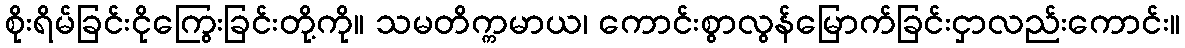
စိုးရိမ်ခြင်းငိုကြွေးခြင်းတို့ကို။ သမတိက္ကမာယ၊ ကောင်းစွာလွန်မြောက်ခြင်းငှာလည်းကောင်း။